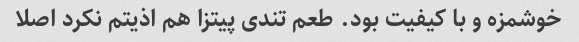
خوشمزه و با کیفیت بود. طعم تندی پیتزا هم اذیتم نکرد اصلا